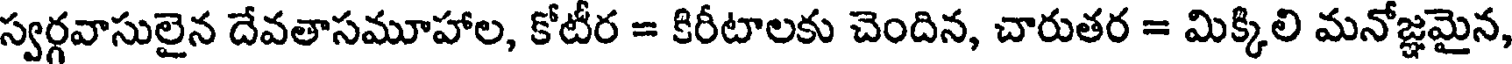
స్వర్గవాసులైన దేవతాసమూహాల, కోటీర = కిరీటాలకు చెందిన, చారుతర = మిక్కిలి మనోజ్ఞమైన,